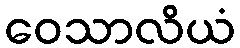
ဝေသာလိယံ